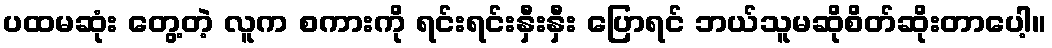
ပထမဆုံး တွေ့တဲ့ လူက စကားကို ရင်းရင်းနှီးနှီး ပြောရင် ဘယ်သူမဆိုစိတ်ဆိုးတာပေါ့။